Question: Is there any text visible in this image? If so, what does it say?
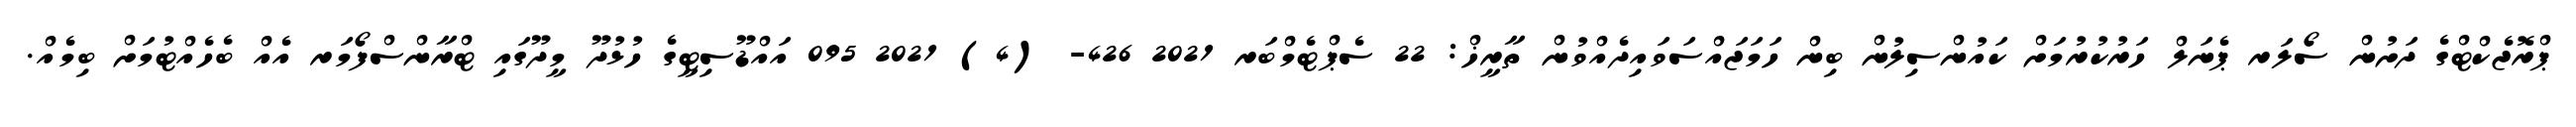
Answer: ޕްރޮޖެކްޓްގެ ދަށުން ސޯލަރ ޕެނަލް ހަރުކުރުމަށް ކައުންސިލުން ބިން ހަމަޖައްސަވައިދެއްވުން ތާރީޚް: 22 ސެޕްޓެމްބަރ 2021 426- (4) 2021 095 އައްޑޫސިޓީގެ ހުޅުދޫ މީދޫގައި ޓްރާންސްފޯމަރ އެއް ބެހެއްޓުމަށް ބިމެއް.